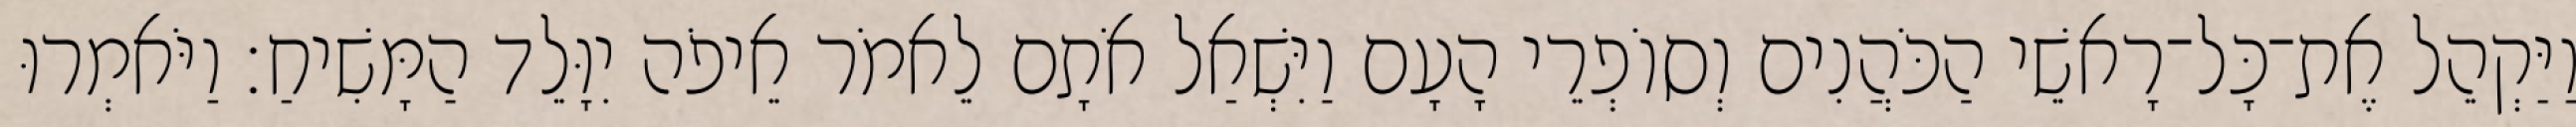
וַיַּקְהֵל אֶת־כָּל־רָאשֵׁי הַכֹּהֲנִים וְסוֹפְרֵי הָעָם וַיִּשְׁאַל אֹתָם לֵאמֹר אֵיפֹה יִוָּלֵד הַמָּשִׁיחַ׃ וַיֹּאמְרוּ